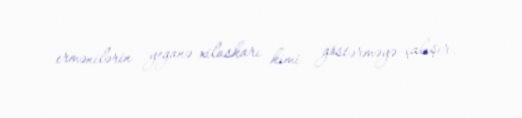
ermənilərin yeganə xilaskarı kimi göstərməyə çalışır.